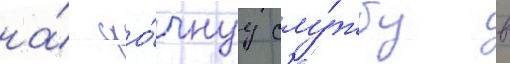
на́ сро́чнуу слу́жбу в